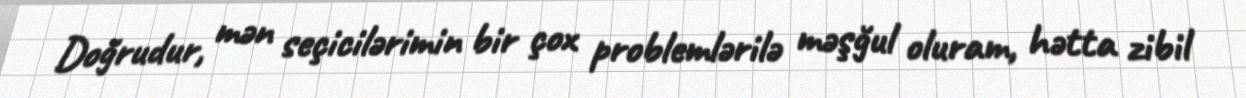
Doğrudur, mən seçicilərimin bir çox problemlərilə məşğul oluram, hətta zibil